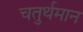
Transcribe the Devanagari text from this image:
चतुर्थमान